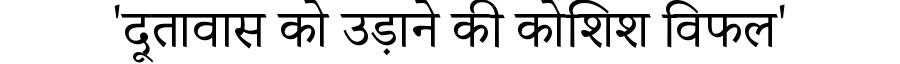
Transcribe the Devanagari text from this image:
'दूतावास को उड़ाने की कोशिश विफल'